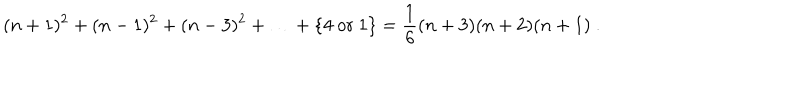
LaTeX: ( n + 1 ) ^ { 2 } + ( n - 1 ) ^ { 2 } + ( n - 3 ) ^ { 2 } + \ldots + \{ 4 \ \mathrm { o r } \ 1 \} = \frac { 1 } { 6 } ( n + 3 ) ( n + 2 ) ( n + 1 ) \ .